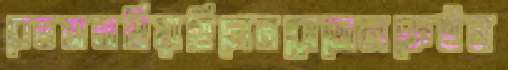
বেডসনাহিয়াছিলেনরোডোলফেইন